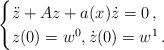
LaTeX: \begin{align*}\begin{cases}\ddot z + A z + a(x) \dot z =0 \,, \\z(0)=w^0, \dot z(0)=w^1 \,. \end{cases}\end{align*}